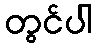
တွင်ပါ